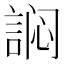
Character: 𰴻